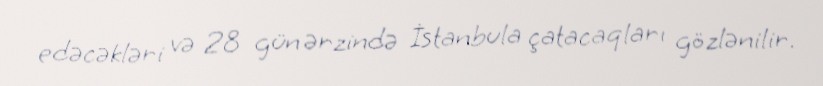
edəcəkləri və 28 gün ərzində İstanbula çatacaqları gözlənilir.